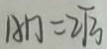
A D = 2 \sqrt { 3 }